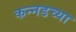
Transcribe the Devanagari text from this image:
कन्‍नडच्या